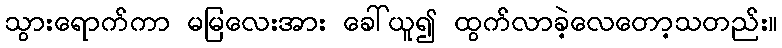
သွားရောက်ကာ မမြလေးအား ခေါ်ယူ၍ ထွက်လာခဲ့လေတော့သတည်း။